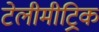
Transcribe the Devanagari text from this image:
टेलीमीट्रिक